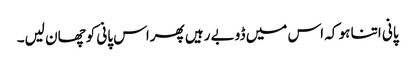
پانی اتنا ہو کہ اس میں ڈوبے رہیں پھراس پانی کوچھان لیں۔